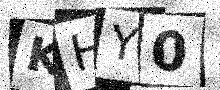
Text: KHY0